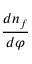
{ \frac { d n _ { f } } { d \varphi } }